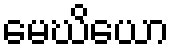
မေဃိယော